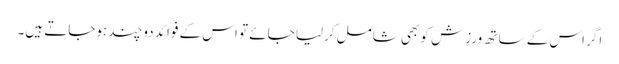
اگر اس کے ساتھ ورزش کو بھی شامل کرلیا جائے تو اس کے فوائد دوچند ہوجاتے ہیں۔